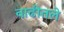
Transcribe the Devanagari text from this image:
वाढीतले